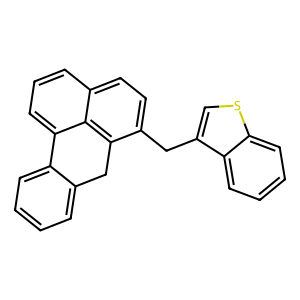
SMILES: c1ccc2c(c1)Cc1c(Cc3csc4ccccc34)ccc3cccc-2c13
Inhibits HIV replication: No